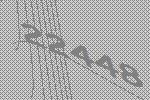
22448